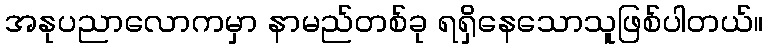
အနုပညာလောကမှာ နာမည်တစ်ခု ရရှိနေသောသူဖြစ်ပါတယ်။